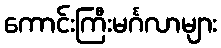
ကောင်းကြီးမင်္ဂလာများ